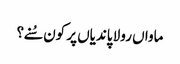
ماواں رولا پاندیاں پر کون سُنے؟